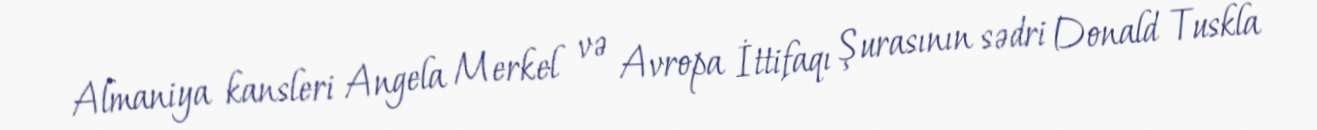
Almaniya kansleri Angela Merkel və Avropa İttifaqı Şurasının sədri Donald Tuskla